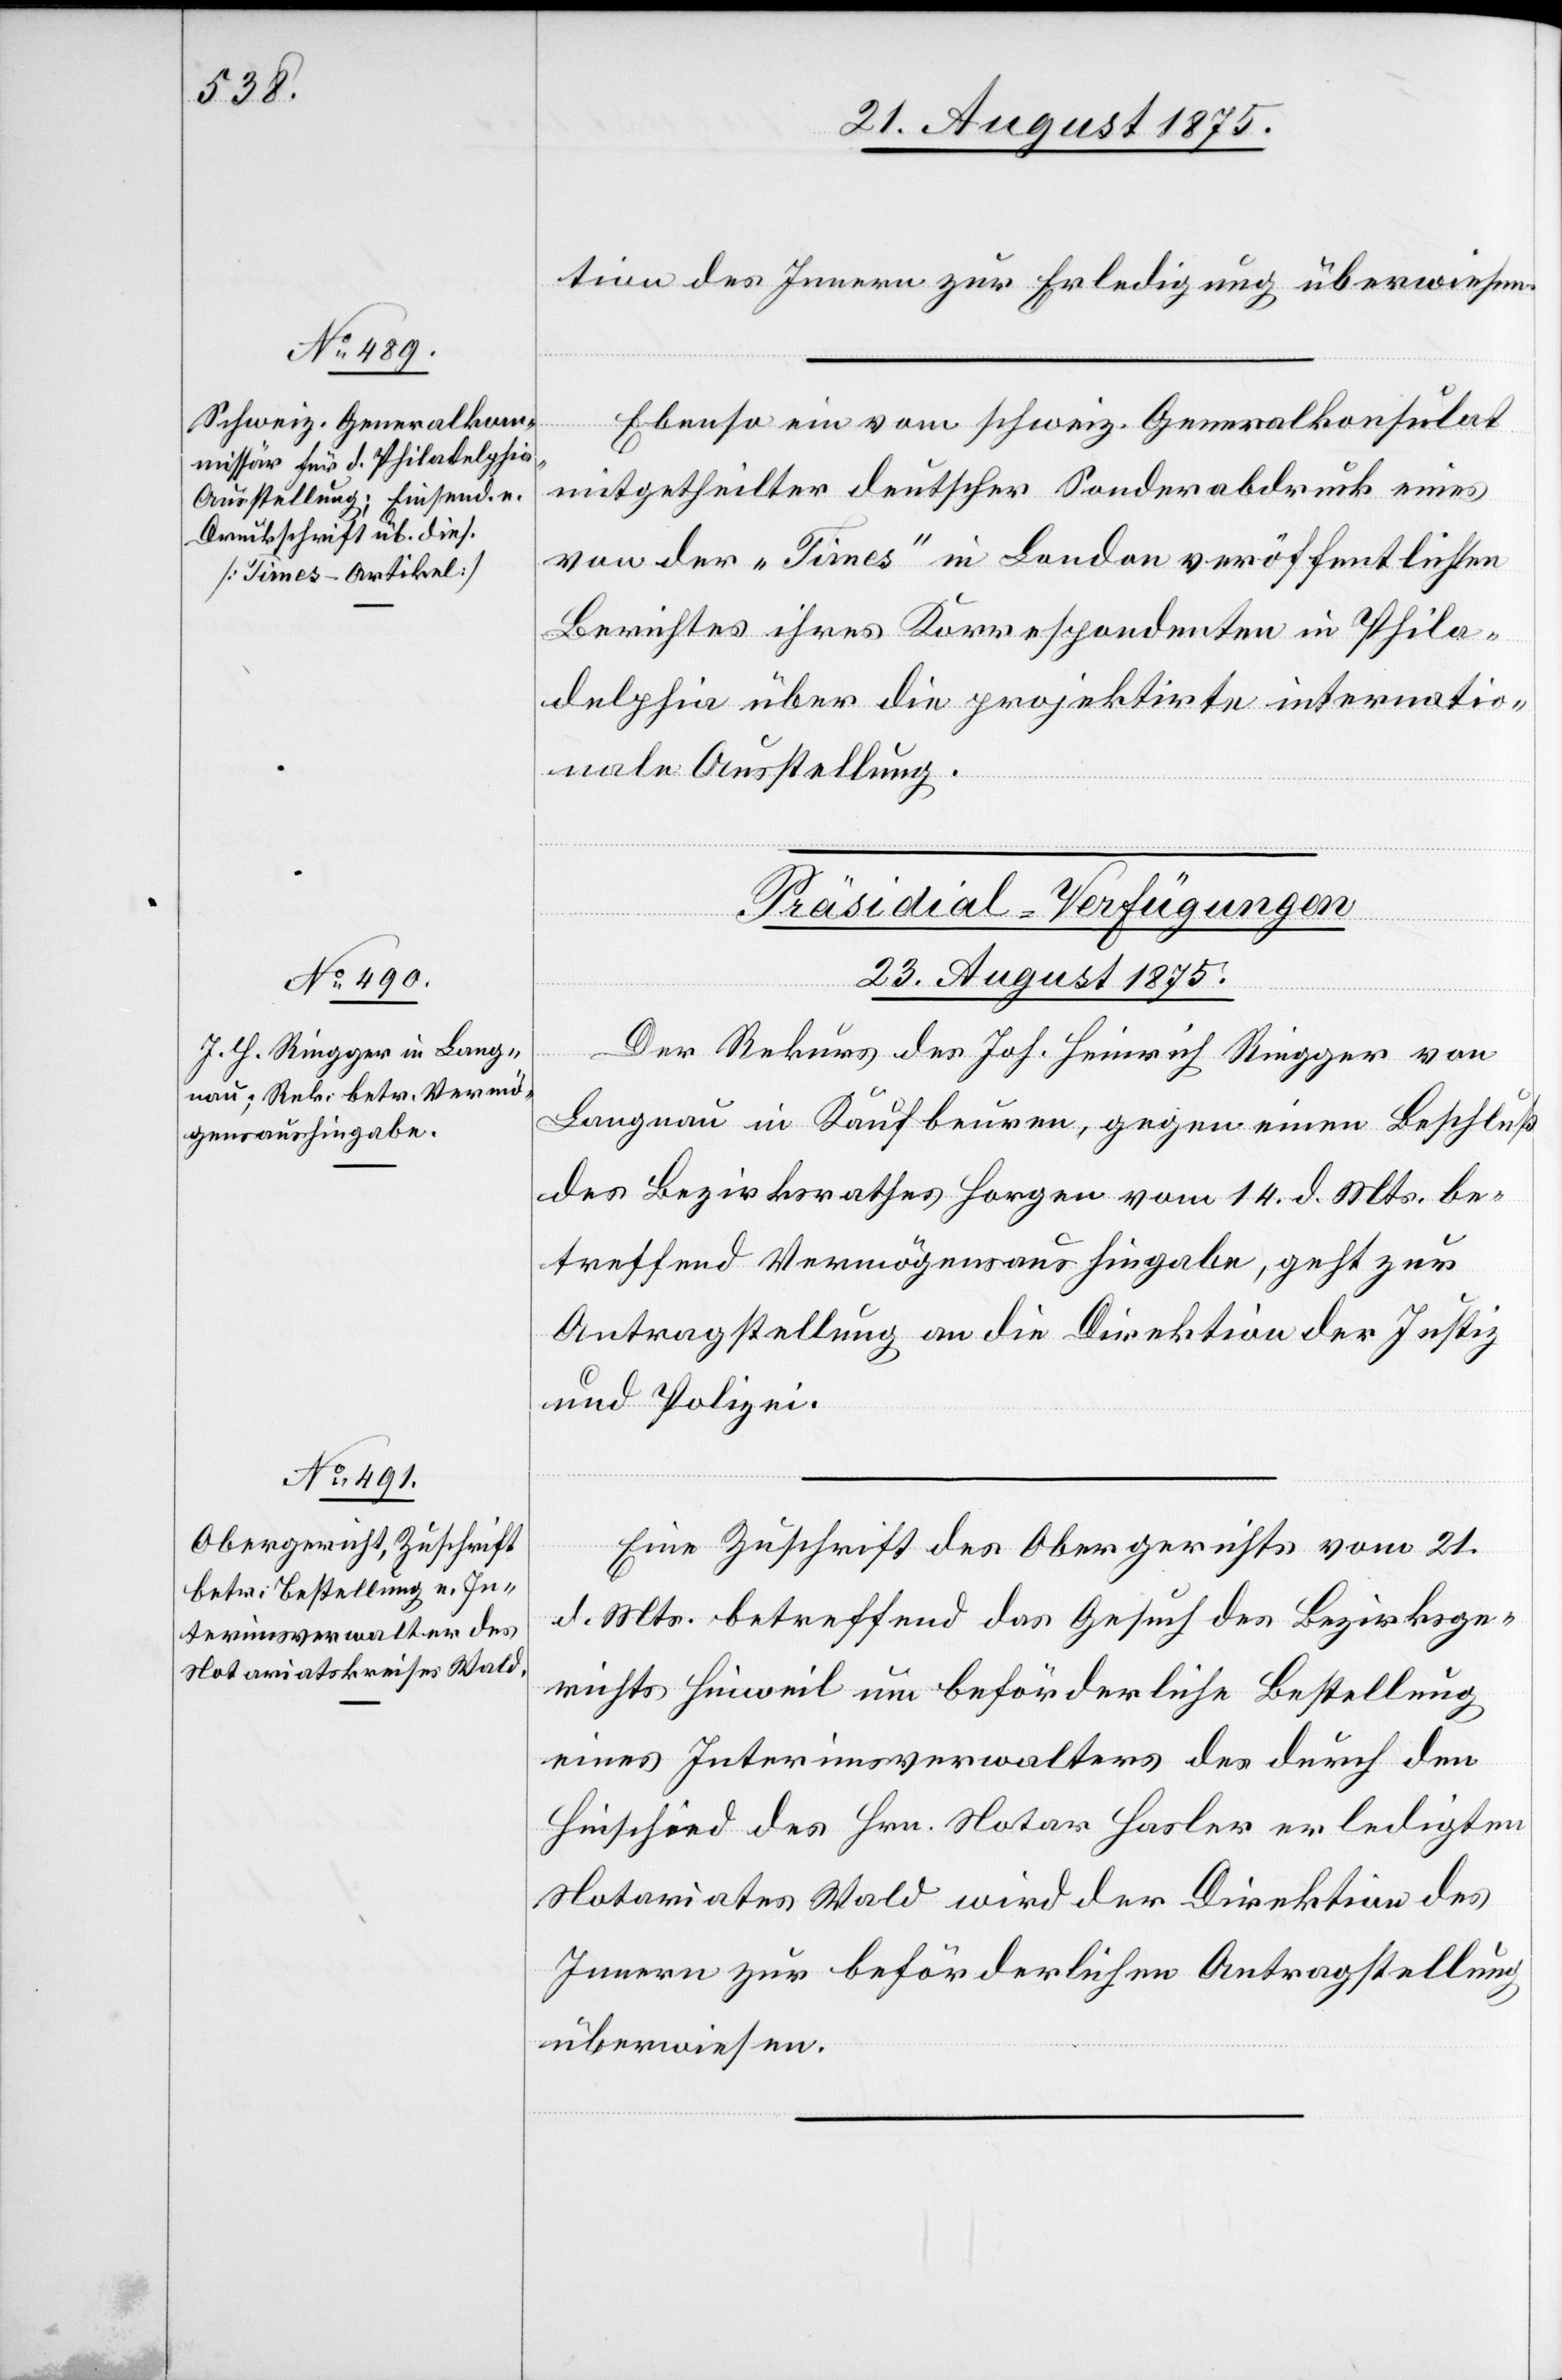
tion des Innern zur Erledigung überwiesen.
Ebenso ein vom schweiz. Generalkonsulat
mitgetheilter deutscher Sonderabdruck eines
von der „Times“ in London veröffentlichten
Berichtes ihres Korrespondenten in Phila¬
delphia über die projektirte internatio¬
nale Ausstellung.
[Präsidial-Verfügungen
23. August 1875.]
Der Rekurs des Joh. Heinrich Ringger von
Langnau in Kaufbeuren, gegen einen Beschluß
des Bezirksrathes Horgen vom 14. d. Mts. be¬
treffend Vermögensaushingabe, geht zur
Antragstellung an die Direktion der Justiz
und Polizei.
Eine Zuschrift des Obergerichtes vom 21.
d. Mts. betreffend das Gesuch des Bezirksge¬
richts Hinweil um beförderliche Bestellung
eines Interimsverwalters des durch den
Hinschied des Hrn. Notar Hasler erledigten
Notariates Wald[,] wird der Direktion des
Innern zur beförderlichen Antragstellung
überwiesen.